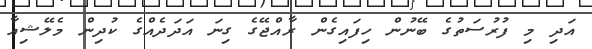
އަދި މި ފުރުސަތުގެ ބޭނުން ހިފައިގެން ރާއްޖޭގެ ގިނަ އަދަދެއްގެ ކުދިން މެލޭޝިއާ